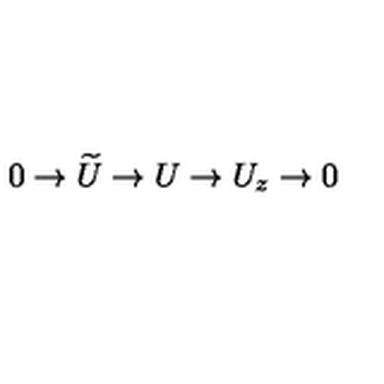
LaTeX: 0 \rightarrow \widetilde { U } \rightarrow U \rightarrow U _ { z } \rightarrow 0